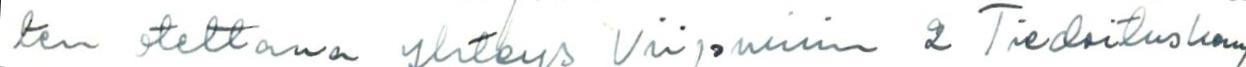
ten otettava yhteys Viipurin 2 Tiedoituskomp